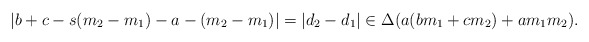
\begin{align*}\left|b+c - s(m_2 - m_1) - a - (m_2 - m_1)\right| = |d_2 - d_1| \in \Delta(a(b m_1 + c m_2) + a m_1 m_2).\end{align*}